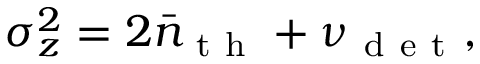
\sigma _ { z } ^ { 2 } = 2 \bar { n } _ { \mathrm { ~ t ~ h ~ } } + \nu _ { \mathrm { ~ d ~ e ~ t ~ } } ,